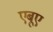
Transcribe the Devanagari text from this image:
एबूए